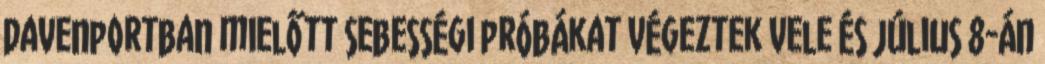
Davenportban mielőtt sebességi próbákat végeztek vele és július 8-án